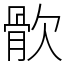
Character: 䯉